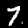
Digit: 7